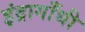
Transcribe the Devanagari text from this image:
इंद्रागाँधी